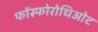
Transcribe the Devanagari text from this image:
फॉस्फोरोथिओट